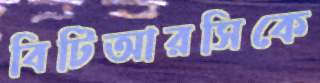
বিটিআরসিকে